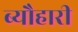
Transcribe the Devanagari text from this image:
ब्यौहारी